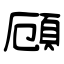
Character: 頋